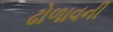
ઢોળાવની